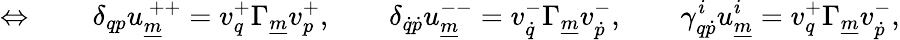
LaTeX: \Leftrightarrow\qquad\delta_{qp}u_{\underline{{{m}}}}^{~++}=v_{q}^{+}\Gamma_{\underline{{{m}}}}v_{p}^{+},\qquad\delta_{\dot{q}\dot{p}}u_{\underline{{{m}}}}^{--}=v_{\dot{q}}^{-}\Gamma_{\underline{{{m}}}}v_{\dot{p}}^{-},\qquad\gamma_{q\dot{p}}^{i}u_{\underline{{{m}}}}^{i}=v_{q}^{+}\Gamma_{\underline{{{m}}}}v_{\dot{p}}^{-},